65_HS1-834228961_62-HQ-83894_Section_8
Agency: FBI
Page 192
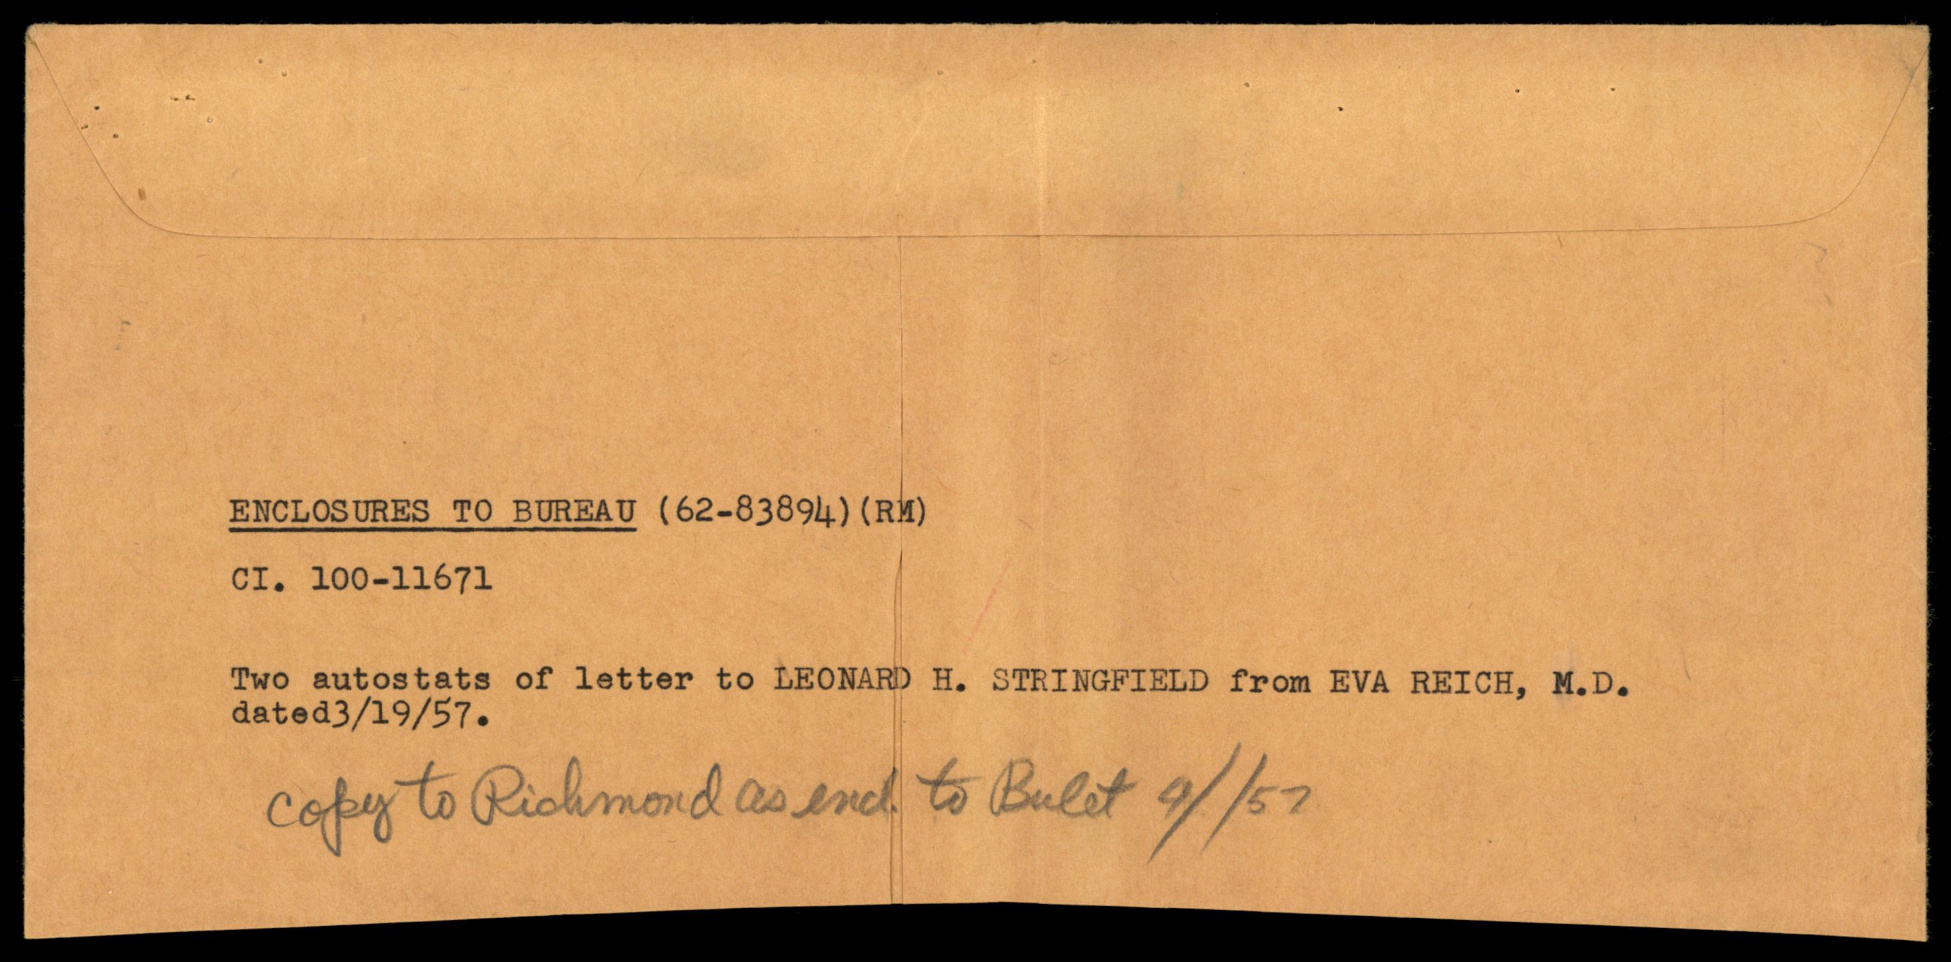